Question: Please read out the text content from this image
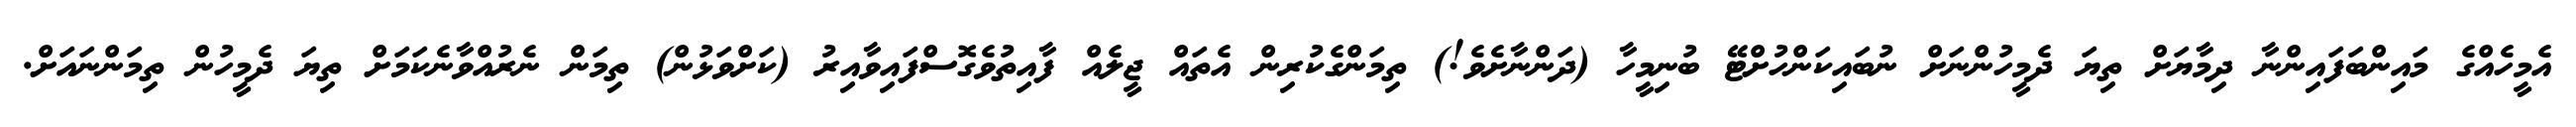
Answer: އެމީހެއްގެ މައިންބަފައިންނާ ދިމާޔަށް ތިޔަ ދެމީހުންނަށް ނުބައިކަންހުށްޓޭ ބުނިމީހާ (ދަންނާށެވެ!) ތިމަންގެކުރިން އެތައް ޖީލެއް ފާއިތުވެގޮސްފައިވާއިރު (ކަށްވަޅުން) ތިމަން ނެރުއްވާނެކަމަށް ތިޔަ ދެމީހުން ތިމަންނައަށް.